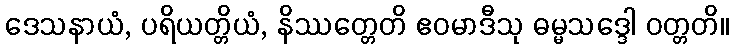
ဒေသနာယံ, ပရိယတ္တိယံ, နိဿတ္တေတိ ဧဝမာဒီသု ဓမ္မသဒ္ဒေါ ဝတ္တတိ။